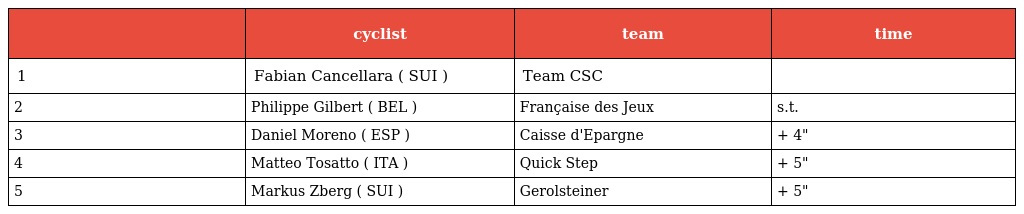
|  | cyclist | team | time |
 | --- | --- | --- | --- |
 | 1 | Fabian Cancellara ( SUI ) | Team CSC |  |
 | 2 | Philippe Gilbert ( BEL ) | Française des Jeux | s.t. |
 | 3 | Daniel Moreno ( ESP ) | Caisse d'Epargne | + 4" |
 | 4 | Matteo Tosatto ( ITA ) | Quick Step | + 5" |
 | 5 | Markus Zberg ( SUI ) | Gerolsteiner | + 5" |